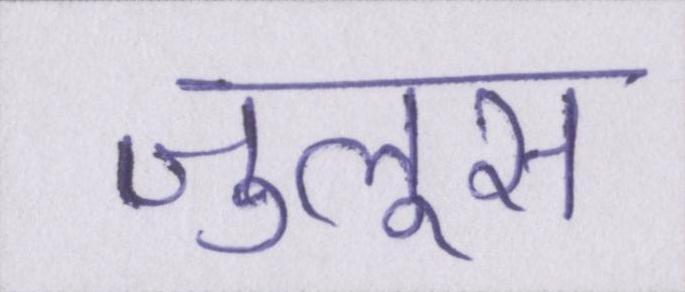
जुलूस